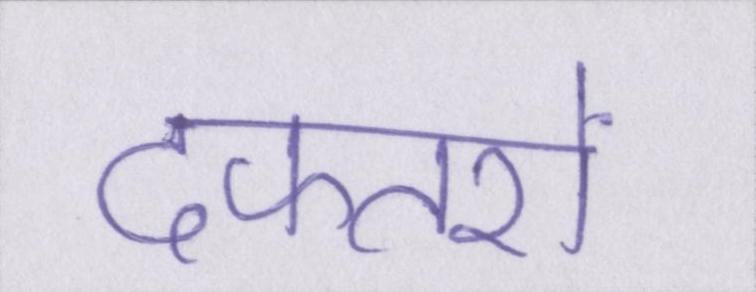
दफ्तरों